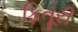
ફિતૂરી